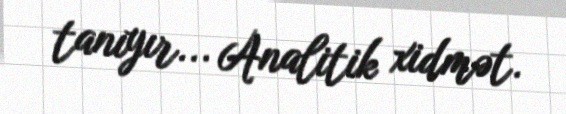
tanıyır... Analitik xidmət.